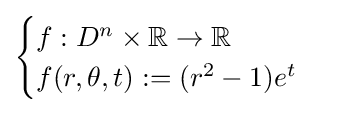
{\begin{cases}f:D^{n}\times \mathbb {R} \to \mathbb {R} \\f(r,\theta ,t):=(r^{2}-1)e^{t}\end{cases}}